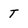
Character: T